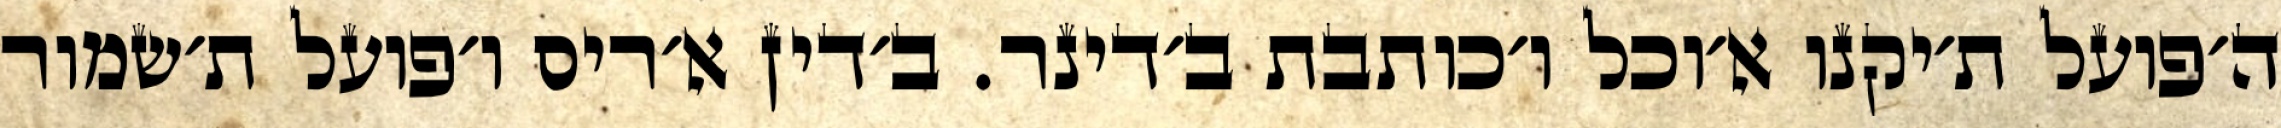
ה׳פועל ת׳יקנו א׳וכל ו׳כותבת ב׳דינר. ב׳דין א׳ריס ו׳פועל ת׳שמור